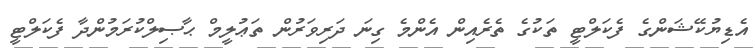
އެޑިޔުކޭޝަންގެ ފެކަލްޓީ ތަކުގެ ތެރެއިން އެންމެ ގިނަ ދަރިވަރުން ތަޢުލީމް ޙާޞިލްކުރަމުންދާ ފެކަލްޓީ